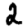
Digit: 2